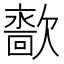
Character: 𰙙